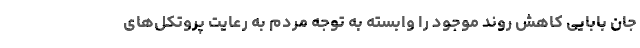
جان بابایی کاهش روند موجود را وابسته به توجه مردم به رعایت پروتکل‌های